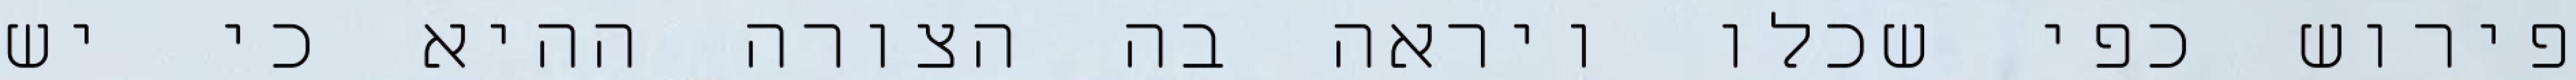
פירוש כפי שכלו ויראה בה הצורה ההיא כי יש